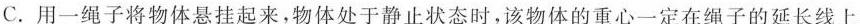
C.用一绳子将物体悬挂起来，物体处于静止状态时，该物体的重心一定在绳子的延长线上